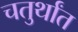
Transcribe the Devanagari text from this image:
चतुर्थांत